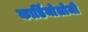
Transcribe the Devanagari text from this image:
कार्डियाेलोजी